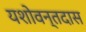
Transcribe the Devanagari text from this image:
यशोवन्तदास